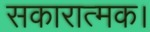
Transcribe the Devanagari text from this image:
सकारात्मक।